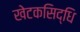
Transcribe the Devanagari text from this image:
खेटकसिद्धि